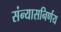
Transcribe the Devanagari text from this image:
संन्यासनिर्णय